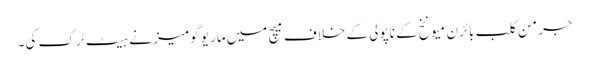
جرمن کلب بائرن میونخ کے ناپولی کے خلاف میچ میں ماریو گومیز نے ہیٹ ٹرک کی۔